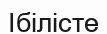
Ібілісте